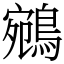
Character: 鵷